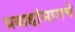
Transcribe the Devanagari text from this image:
प्रवाहांमागचे